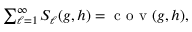
\begin{array} { r } { \sum _ { \ell = 1 } ^ { \infty } S _ { \ell } ( g , h ) = \mathrm { ~ c ~ o ~ v ~ } ( g , h ) , } \end{array}